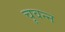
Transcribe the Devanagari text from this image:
चूवन्न